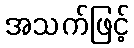
အသက်ဖြင့်